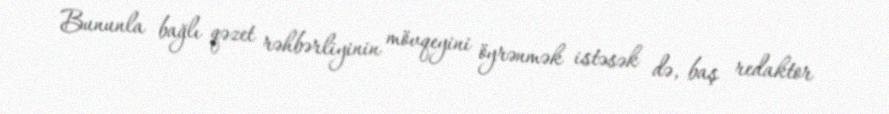
Bununla bağlı qəzet rəhbərliyinin mövqeyini öyrənmək istəsək də, baş redaktor